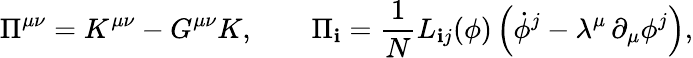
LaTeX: \Pi^{\mu\nu}=K^{\mu\nu}-G^{\mu\nu}K,\qquad\Pi_{\mathbf{i}}={\frac{{1}}{{N}}}L_{\mathbf{i}j}(\phi)\left(\dot{{\phi}}^{j}-\lambda^{\mu}\, \partial_{\mu}\phi^{j}\right),